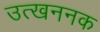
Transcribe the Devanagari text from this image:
उत्खननक